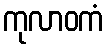
ကုလာဝကံ